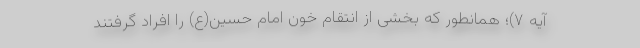
آیه ۷)؛ همانطور که بخشی از انتقام خون امام حسین(ع) را افراد گرفتند